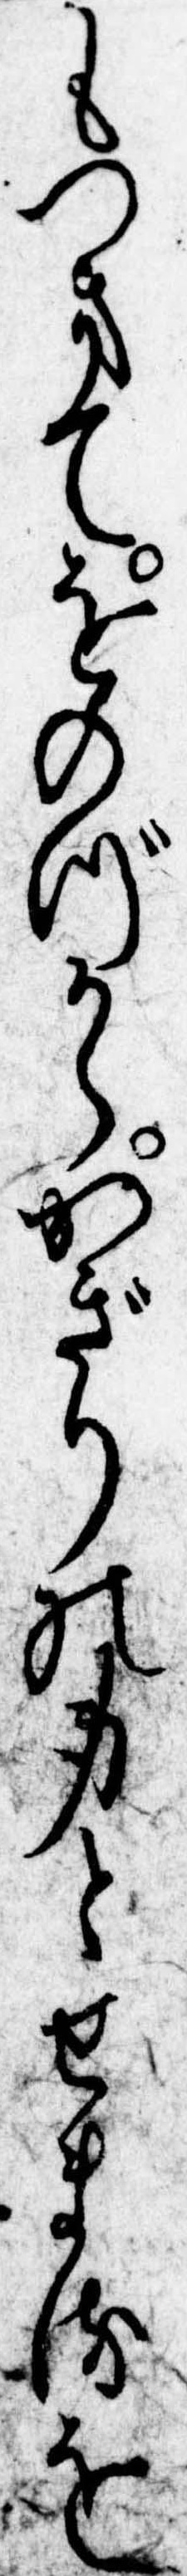
もつきてをのづからかぎりの身とせまるを